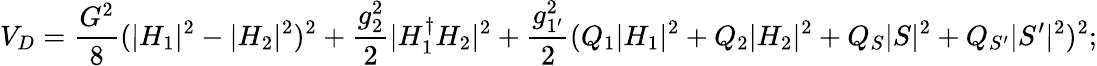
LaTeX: V_{D}=\frac{G^{2}}{8}(|H_{1}|^{2}-|H_{2}|^{2})^{2}+\frac{g_{2}^{2}}{2}|H_{1}^{\dagger}H_{2}|^{2}+\frac{g_{1^{\prime}}^{2}}{2}(Q_{1}|H_{1}|^{2}+Q_{2}|H_{2}|^{2}+Q_{S}|S|^{2}+Q_{S^{\prime}}|S^{\prime}|^{2})^{2};